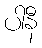
ပါနီ